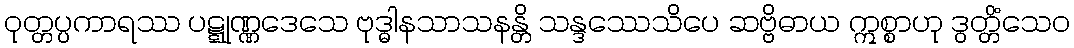
ဝုတ္တပ္ပကာရဿ ပဋ္ဋုဏ္ဏဒေသေ ဗုဒ္ဓါနသာသနန္တိ သန္ဒဿေသိပေ ဆဗ္ဗိဓာယ ဣစ္စာဟု ဒွတ္တိံသေဝ